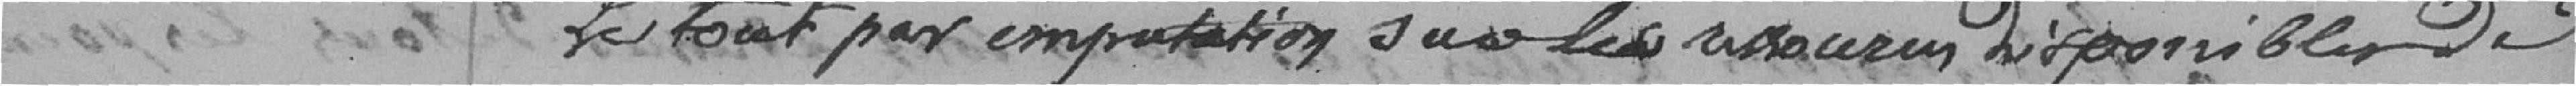
le tout par imputation sur les ressources disponibles de